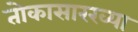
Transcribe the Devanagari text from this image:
तोकासारख्या